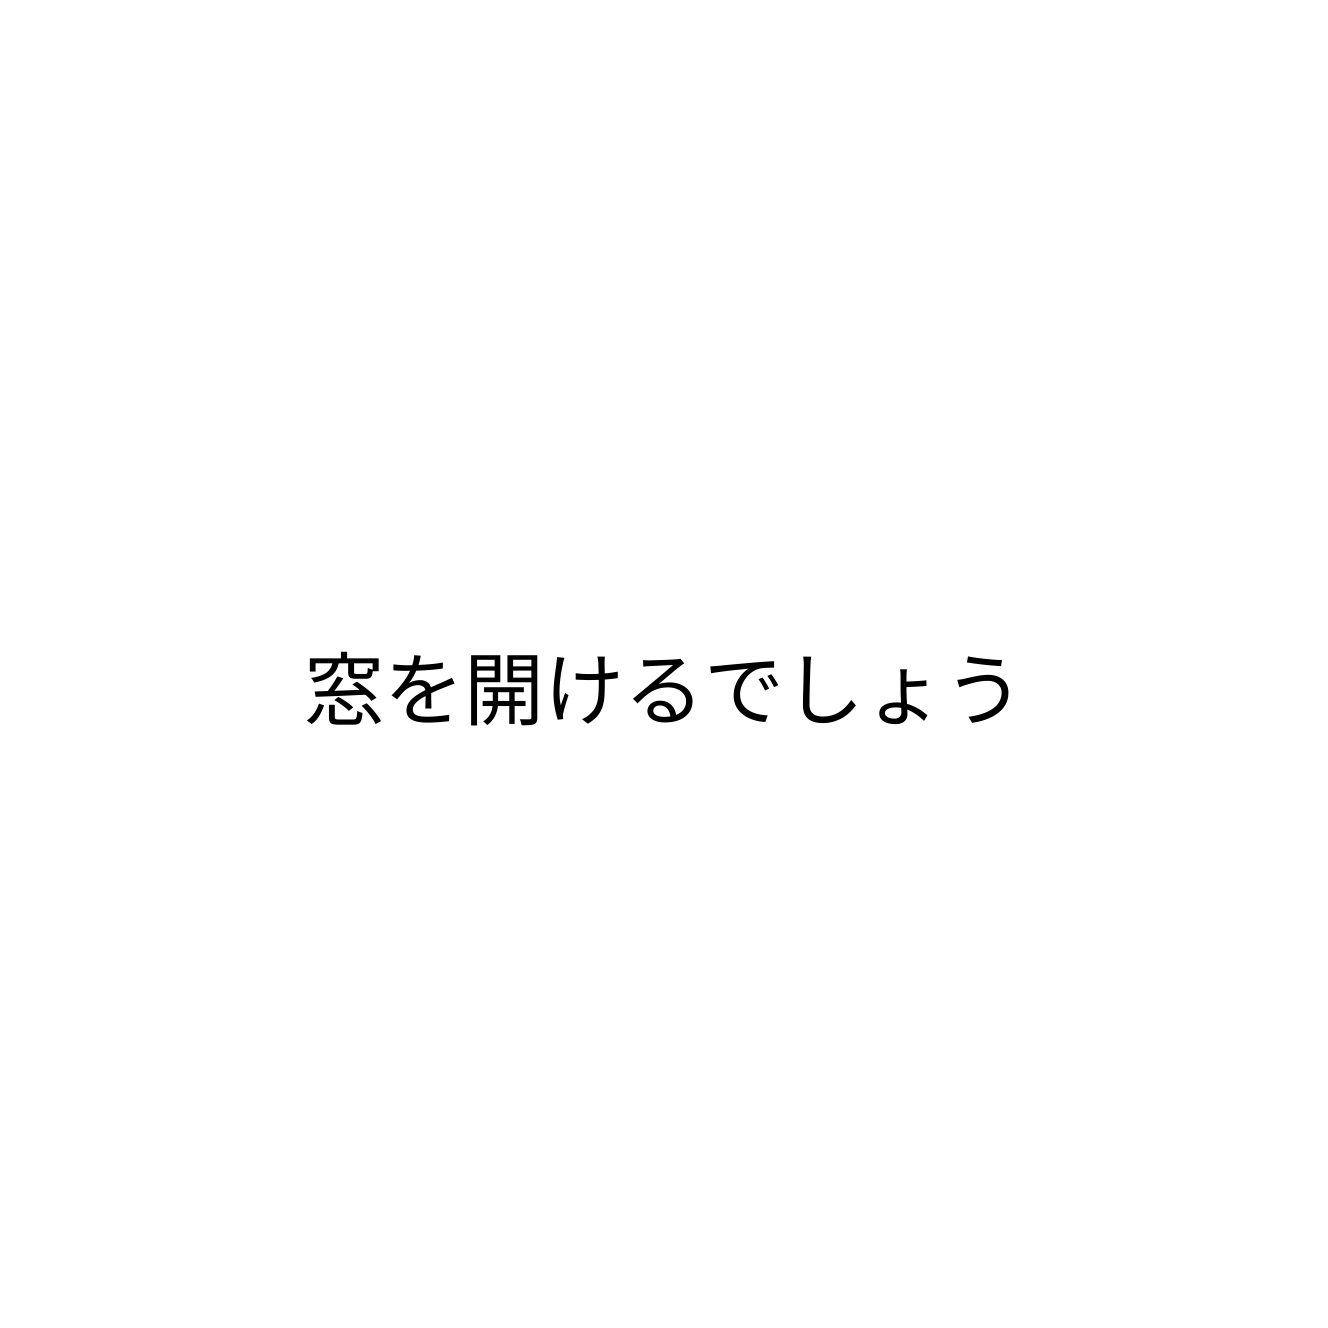
窓を開けるでしょう